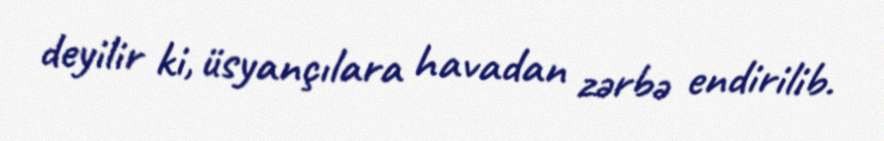
deyilir ki, üsyançılara havadan zərbə endirilib.